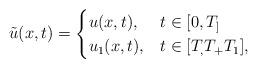
LaTeX: \begin{align*} \tilde{u}(x,t) = \begin{cases} u(x,t), &t\in[0,T_] \\ u_1(x,t), & t \in [T_,T_+T_1], \end{cases} \end{align*}